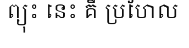
ព្យុះ នេះ គឺ ប្រហែល